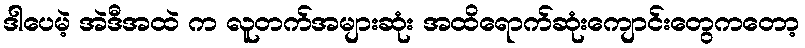
ဒါပေမဲ့ အဲဒီအထဲ က လူတက်အများဆုံး အထိရောက်ဆုံးကျောင်းတွေကတော့